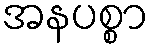
အနပစ္စာ